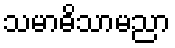
သမာဓိသာမညာ